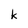
Character: k